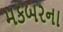
મકબરના